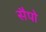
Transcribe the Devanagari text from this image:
सैपो